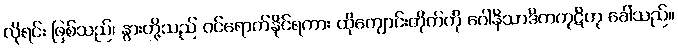
လိုရင်း ဖြစ်သည်၊ နွားတို့သည် ဝင်ရောက်နိုင်ရကား ထိုကျောင်းတိုက်ကို ဂေါနိသာဒိကကုဋိဟု ခေါ်သည်။